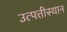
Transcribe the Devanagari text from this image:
उत्पत्तीस्थान